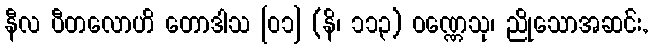
နီလ ပီတလောဟိ တောဒါသ [၀၁] (နိ၊ ၁၁၃) ဝဏ္ဏေသု၊ ညိုသောအဆင်း,